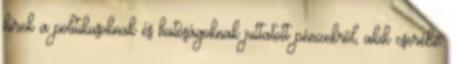
hírek a politikusoknak és hatóságoknak juttatott pénzekről, akik cserébe